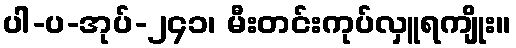
ပါ-ပ-အုပ်-၂၄၁၊ မီးတင်းကုပ်လှူရကျိုး။